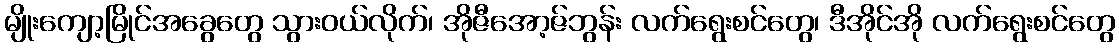
မျိုးကျော့မြိုင်အခွေတွေ သွားဝယ်လိုက်၊ အိုဇီအော့ဇ်ဘွန်း လက်ရွေးစင်တွေ၊ ဒီအိုင်အို လက်ရွေးစင်တွေ